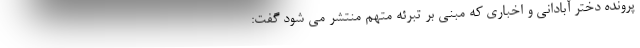
پرونده دختر آبادانی و اخباری که مبنی بر تبرئه متهم منتشر می شود گفت: